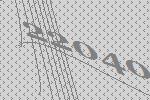
22040